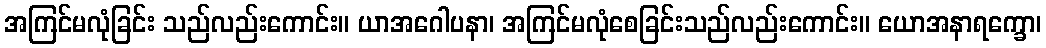
အကြင်မလုံခြင်း သည်လည်းကောင်း။ ယာအဂေါပနာ၊ အကြင်မလုံစေခြင်းသည်လည်းကောင်း။ ယောအနာရက္ခော၊